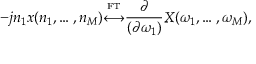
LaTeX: - j n _ { 1 } x ( n _ { 1 } , \ldots , n _ { M } ) { \overset { \underset { \mathrm { F T } } { } } { \longleftrightarrow } } { \frac { \partial } { ( \partial \omega _ { 1 } ) } } X ( \omega _ { 1 } , \ldots , \omega _ { M } ) ,